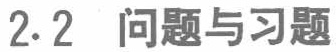
2.2 问题与习题